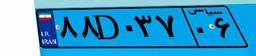
۶۴D۵۵۲۹۱